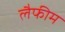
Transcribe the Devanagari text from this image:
लैफीम